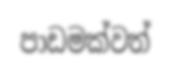
පාඩමක්වත්